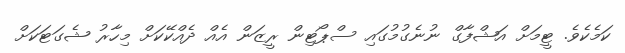
ކަމެކެވެ. ޓީމަށް އަޝްފާގް ނުނެގުމުގައި ސްޕޯޓިން ރީޒަން އެއް ދެއްކޭކަށް މިހާރު ޝެގަޓަކަށް